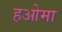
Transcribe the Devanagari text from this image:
हओमा